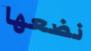
نضعها